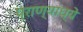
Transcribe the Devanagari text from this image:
प्राण्यांध्ये